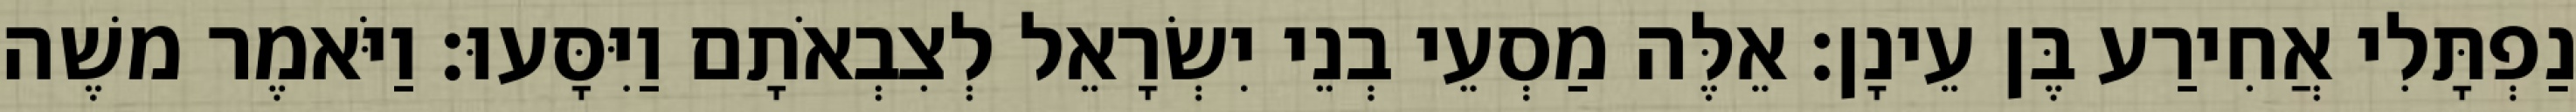
נַפְתָּלִי אֲחִירַע בֶּן עֵינָן׃ אֵלֶּה מַסְעֵי בְנֵי יִשְׂרָאֵל לְצִבְאֹתָם וַיִּסָּעוּ׃ וַיֹּאמֶר משֶׁה